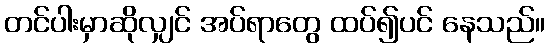
တင်ပါးမှာဆိုလျှင် အပ်ရာတွေ ထပ်၍ပင် နေသည်။